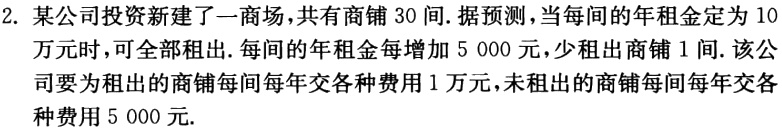
2. 某公司投资新建了一商场，共有商铺 30 间. 据预测，当每间的年租金定为 10 万元时，可全部租出. 每间的年租金每增加 5 000 元，少租出商铺 1 间. 该公司要为租出的商铺每间每年交各种费用 1 万元，未租出的商铺每间每年交各种费用 5 000 元.